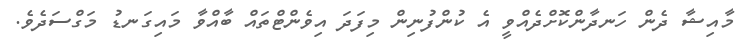
މާއިޝާ ދެން ހަނދާންކޮށްދެއްވީ އެ ކުންފުނިން މިފަދަ އިވެންޓްތައް ބާއްވާ މައިގަނޑު މަގްސަދެވެ.